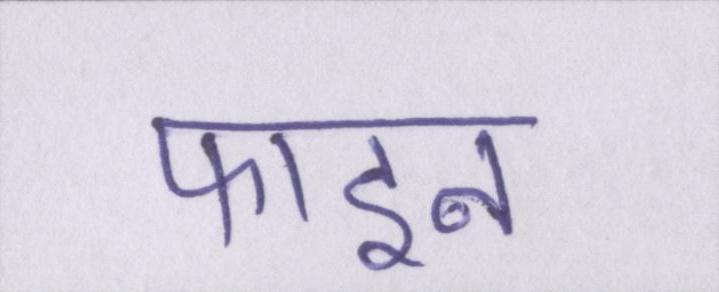
फाइन